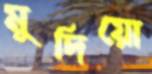
মুদিয়ো